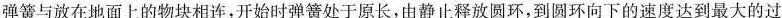
弹簧与放在地面上的物块相连，开始时弹簧处于原长，由静止释放圆环，到圆环向下的速度达到最大的过